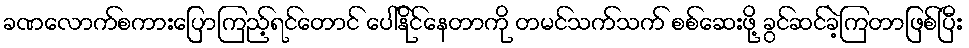
ခဏလောက်စကားပြောကြည့်ရင်တောင် ပေါ်နိုင်နေတာကို တမင်သက်သက် စစ်ဆေးဖို့ ခွင်ဆင်ခဲ့ကြတာဖြစ်ပြီး